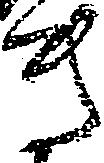
き